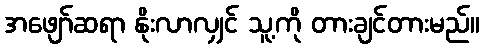
အဖျော်ဆရာ နိုးလာလျှင် သူ့ကို တားချင်တားမည်။